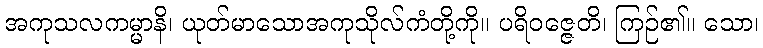
အကုသလကမ္မာနိ၊ ယုတ်မာသောအကုသိုလ်ကံတို့ကို။ ပရိဝဇ္ဇေတိ၊ ကြဉ်၏။ သော၊